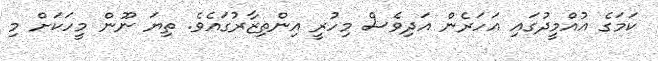
ކަމަގެ އުއްމީދުގައި އަހަރެން އަދިވެސް މިހުރީ އިންތިޒާރުގައެވެ. ތިޔަ ނޫން މީހަކަށް މި